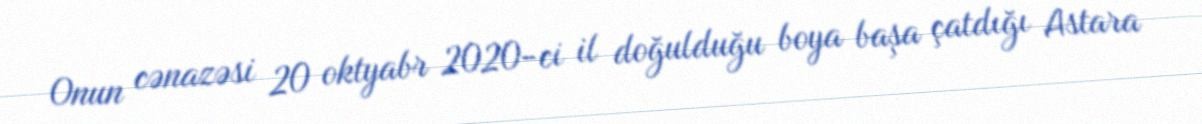
Onun cənazəsi 20 oktyabr 2020-ci il doğulduğu boya başa çatdığı Astara